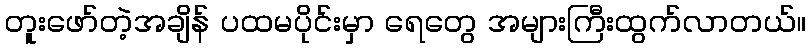
တူးဖော်တဲ့အချိန် ပထမပိုင်းမှာ ရေတွေ အများကြီးထွက်လာတယ်။